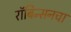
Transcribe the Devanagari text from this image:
रॉबिन्सनचा